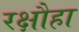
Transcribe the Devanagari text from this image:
रक्षौहा